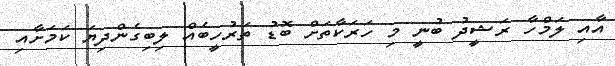
އާއި ލަމްހާ ރަޝީދު ބުނީ މި ހަރަކާތަށް ބޮޑު ތަރުހީބެއް ލިބިގެންދިޔަ ކަމަށާއި